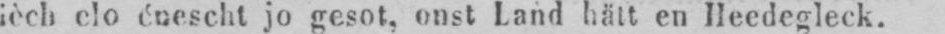
ièch clo énescht jo gesot, onst Land hätt en Heedegleck.